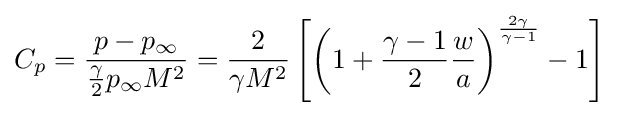
C_{p}={\frac {p-p_{\infty }}{{\frac {\gamma }{2}}p_{\infty }M^{2}}}={\frac {2}{\gamma M^{2}}}\left[\left(1+{\frac {\gamma -1}{2}}{\frac {w}{a}}\right)^{\frac {2\gamma }{\gamma -1}}-1\right]